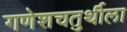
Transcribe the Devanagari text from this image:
गणेशचतुर्थीला